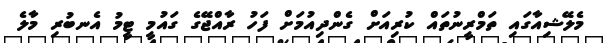
މެލޭޝިއާގައި ތަމްރީނުތައް ކުރިއަށް ގެންދިއުމަށް ފަހު ރާއްޖޭގެ ގައުމީ ޓީމު އެނބުރި މާލެ